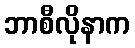
ဘာစီလိုနာက